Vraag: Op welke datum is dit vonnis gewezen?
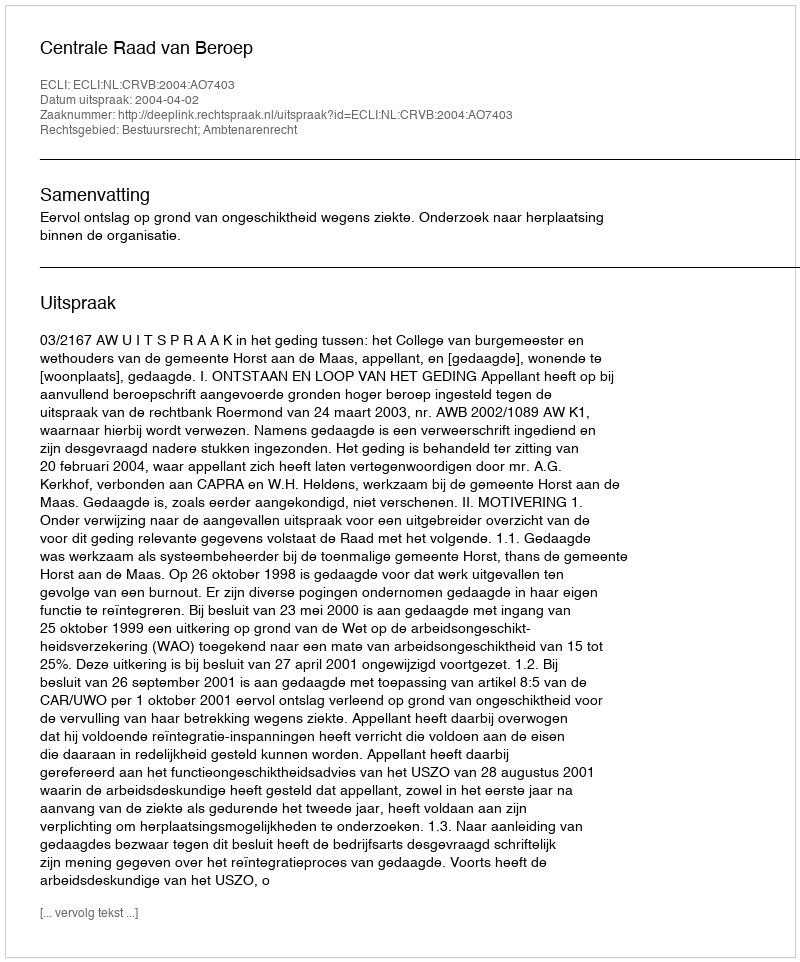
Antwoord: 2004-04-02